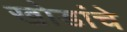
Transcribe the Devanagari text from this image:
खोडांचे